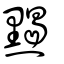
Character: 𪑦